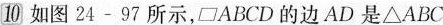
⑩如图24-97所示， ▱ABCD的边AD是△ABC